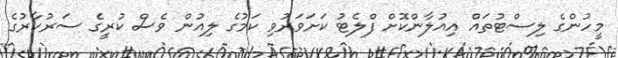
މީހުންގެ ލިސްޓުތައް އިއުލާންކޮށް ފްލެޓު ކަށަވަރުވި ކަމުގެ ލިއުން ވެސް ކުރީގެ ސަރުކާރުގެ